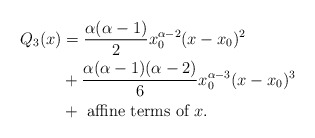
\begin{align*}Q_3(x) & = \frac{\alpha(\alpha-1)}{2} x_0^{\alpha-2} (x-x_0)^2 \\& + \frac{\alpha(\alpha-1)(\alpha-2)}{6} x_0^{\alpha-3} (x-x_0)^3 \\& + \textrm{ affine terms of }x.\end{align*}